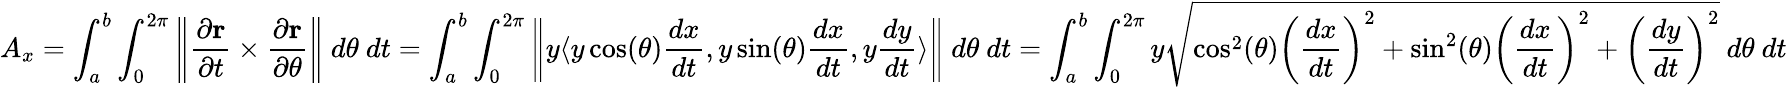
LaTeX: A_{x}=\int_{a}^{b}\int_{0}^{2\pi}\left\| {\frac{\partial\mathbf{r}}{\partial t}}\times{\frac{\partial\mathbf{r}}{\partial\theta}}\right\| \ d\theta\ dt=\int_{a}^{b}\int_{0}^{2\pi}\left\| y\langle y\cos(\theta){\frac{dx}{dt}},y\sin(\theta){\frac{dx}{dt}},y{\frac{dy}{dt}}\rangle\right\| \ d\theta\ dt=\int_{a}^{b}\int_{0}^{2\pi}y{\sqrt{\cos^{2}(\theta)\left({\frac{dx}{dt}}\right)^{2}+\sin^{2}(\theta)\left({\frac{dx}{dt}}\right)^{2}+\left({\frac{dy}{dt}}\right)^{2}}}\ d\theta\ dt